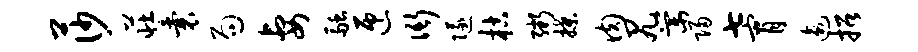
莎庄囊局妻融匝衙隧枯粥揲肉尻棠归七宵逾招